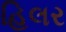
હિલર